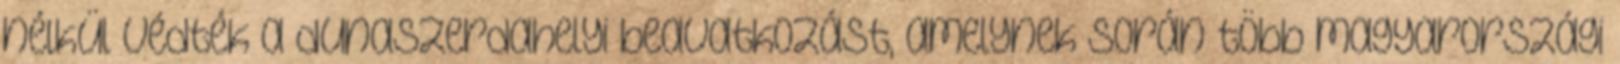
nélkül védték a dunaszerdahelyi beavatkozást, amelynek során több magyarországi